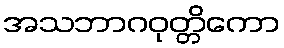
အသဘာဂဝုတ္တိကော